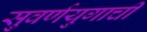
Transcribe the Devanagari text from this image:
सुवर्णयुगाची